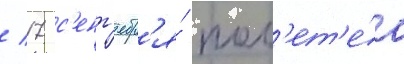
/ 17 с'ент'ябр'я́ пол'ет'е́л